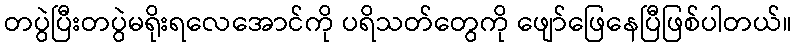
တပွဲပြီးတပွဲမရိုးရလေအောင်ကို ပရိသတ်တွေကို ဖျော်ဖြေနေပြီဖြစ်ပါတယ်။